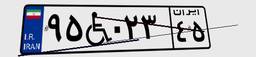
۹۵W۰۲۳۴۵